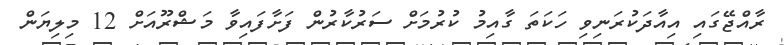
ރާއްޖޭގައި އިއާދަކުރަނިވި ހަކަތަ ގާއިމު ކުރުމަށް ސަރުކާރުން ފަށާފައިވާ މަޝްރޫއަށް 12 މިލިޔަން